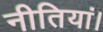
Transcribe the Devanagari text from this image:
नीतियां।